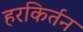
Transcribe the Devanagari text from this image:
हरकिर्तन